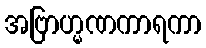
အဗြာဟ္မဏကာရကာ